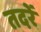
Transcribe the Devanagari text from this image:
तदरें